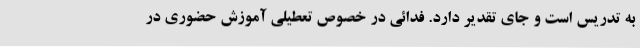
به تدریس است و جای تقدیر دارد. فدائی در خصوص تعطیلی آموزش حضوری در